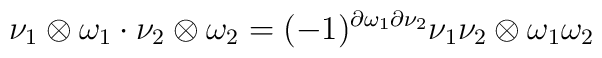
\nu_1\otimes\omega_1\cdot\nu_2\otimes\omega_2=   (-1)^{\partial\omega_1\partial\nu_2}   \nu_1\nu_2\otimes\omega_1\omega_2